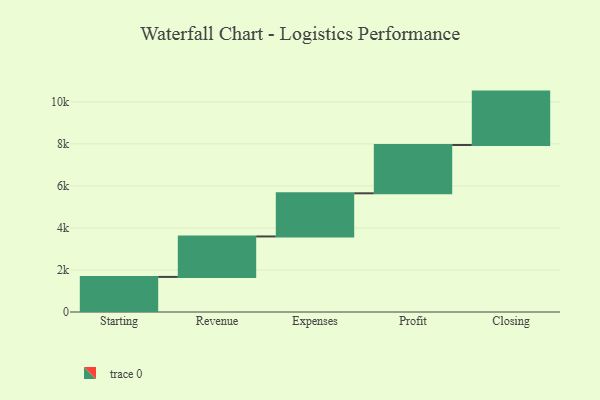
{"axis": {"x": "Step", "y": "Value"}, "legend": [""], "data": [{"x": "Starting", "y": 1670.0, "type": ""}, {"x": "Revenue", "y": 1925.0, "type": ""}, {"x": "Expenses", "y": 2054.0, "type": ""}, {"x": "Profit", "y": 2299.0, "type": ""}, {"x": "Closing", "y": 2541.0, "type": ""}]}